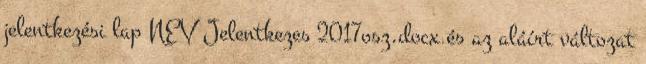
jelentkezési lap NEV Jelentkezes 2017osz.docx és az aláírt változat